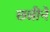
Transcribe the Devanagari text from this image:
छन्नीने